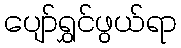
ပျော်ရွှင်ဖွယ်ရာ